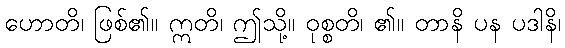
ဟောတိ၊ ဖြစ်၏။ ဣတိ၊ ဤသို့။ ဝုစ္စတိ၊ ၏။ တာနိ ပန ပဒါနိ၊